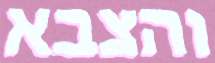
והצבא